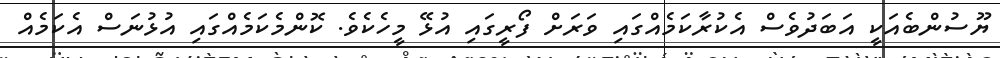
ޔޫސުންބެއަކީ އަބަދުވެސް އެކުރާކަމެއްގައި ވަރަށް ފޯރީގައި އުޅޭ މީހެކެވެ. ކޮންމެކަމެއްގައި އުޅުނަސް އެކަމެއް